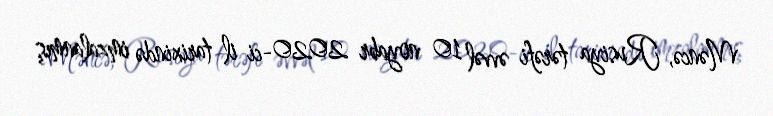
Məncə, Rusiya tərəfi əvvəl 10 noyabr 2020-ci il tarixində imzalanmış